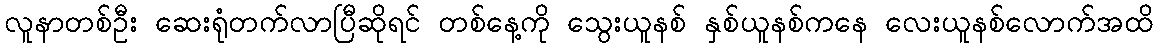
လူနာတစ်ဦး ဆေးရုံတက်လာပြီဆိုရင် တစ်နေ့ကို သွေးယူနစ် နှစ်ယူနစ်ကနေ လေးယူနစ်လောက်အထိ